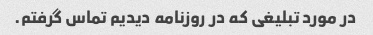
در مورد تبلیغی که در روزنامه دیدیم تماس گرفتم.